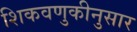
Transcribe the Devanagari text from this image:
शिकवणुकीनुसार